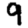
Digit: 9